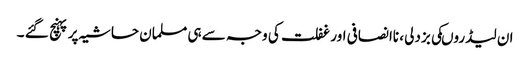
ان لیڈروںکی بزدلی ، ناانصافی اور غفلت کی وجہ سے ہی مسلمان حاشیہ پر پہنچ گئے ۔